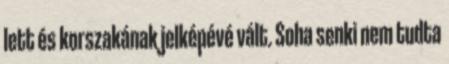
lett és korszakának jelképévé vált. Soha senki nem tudta